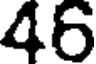
46